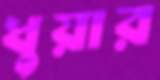
ধুয়ার